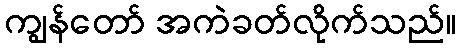
ကျွန်တော် အကဲခတ်လိုက်သည်။